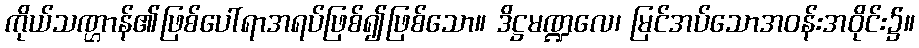
ကိုယ်သဏ္ဌာန်၏ဖြစ်ပေါ်ရာအရပ်ဖြစ်၍ဖြစ်သော။ ဒိဋ္ဌမဏ္ဍလေ၊ မြင်အပ်သောအဝန်းအဝိုင်း၌။